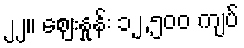
၂၂။ ဈေးနှုန်း ၁၂,၅၀၀ ကျပ်